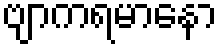
ဗျာကရမာနော